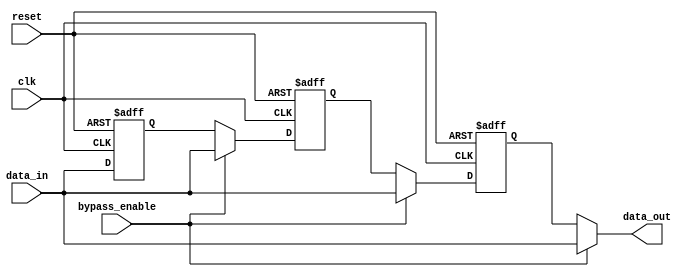
module timing_control_and_sync(
    input wire clk,
    input wire reset,
    input wire bypass_enable,
    input wire [7:0] data_in,
    output reg [7:0] data_out
);

reg [7:0] reg1;
reg [7:0] reg2;
reg [7:0] reg3;

always @(posedge clk or posedge reset) begin
    if (reset) begin
        reg1 <= 8'b0;
        reg2 <= 8'b0;
        reg3 <= 8'b0;
    end else begin
        if (bypass_enable) begin
            reg1 <= data_in;
            reg2 <= data_in;
            reg3 <= data_in;
        end else begin
            reg1 <= data_in;
            reg2 <= reg1;
            reg3 <= reg2;
        end
    end
end

assign data_out = bypass_enable ? data_in : reg3;

endmodule